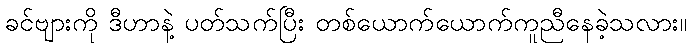
ခင်ဗျားကို ဒီဟာနဲ့ ပတ်သက်ပြီး တစ်ယောက်ယောက်ကူညီနေခဲ့သလား။